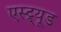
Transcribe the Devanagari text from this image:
एस्ट्र्यूड